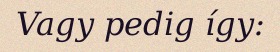
Vagy pedig így: